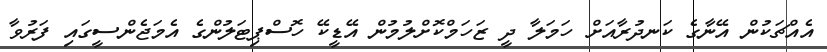
އެއްޗަކުން އޭނާގެ ކަނދުރާއަށް ހަމަލާ ދީ ޒަހަމްކޮށްލުމުން އޭޑީކޭ ހޮސްޕިޓަލުންގެ އެމަޖެންސީގައި ފަރުވާ